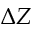
\Delta Z